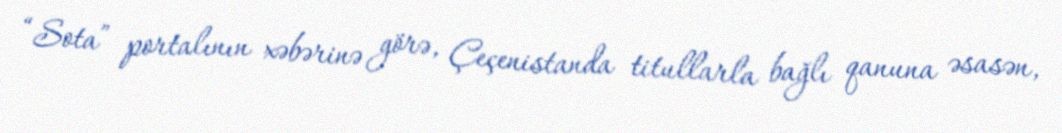
“Sota” portalının xəbərinə görə, Çeçenistanda titullarla bağlı qanuna əsasən,